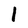
Character: l